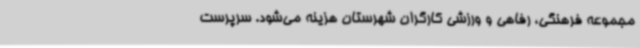
مجموعه فرهنگی، رفاهی و ورزشی کارگران شهرستان هزینه می‌شود. سرپرست